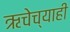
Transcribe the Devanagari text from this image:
ऋचेच्याही